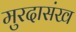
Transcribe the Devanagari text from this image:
मुरदासंख